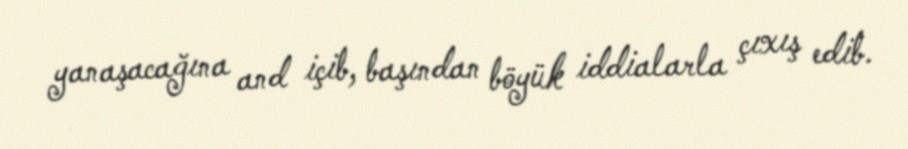
yanaşacağına and içib, başından böyük iddialarla çıxış edib.